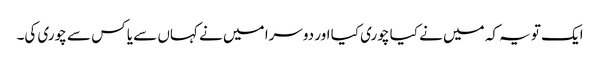
ایک تو یہ کہ میں نے کیا چوری کیا اور دوسرا میں نے کہاں سے یا کس سے چوری کی۔